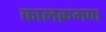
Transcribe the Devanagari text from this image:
कालक्रमण